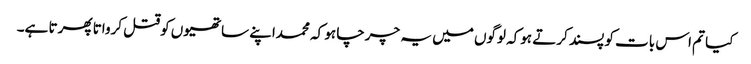
کیا تم اس بات کو پسند کرتے ہوکہ لوگوں میں یہ چرچا ہو کہ محمداپنے ساتھیوں کوقتل کرواتا پھرتا ہے۔